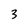
Character: 3